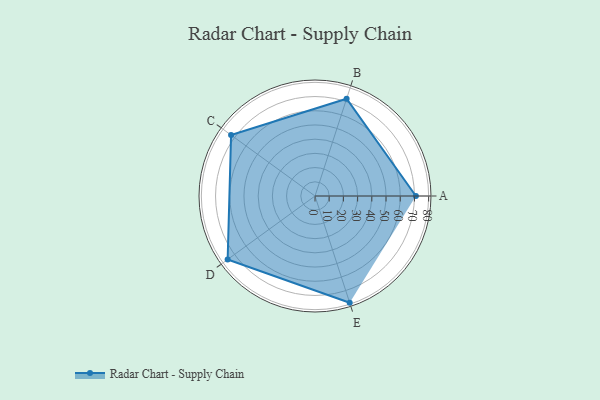
{"axis": {"x": "Skill", "y": "Score"}, "legend": ["Profile"], "data": [{"x": "A", "y": 71.0, "type": "Profile"}, {"x": "B", "y": 72.0, "type": "Profile"}, {"x": "C", "y": 73.0, "type": "Profile"}, {"x": "D", "y": 76.0, "type": "Profile"}, {"x": "E", "y": 79.0, "type": "Profile"}]}